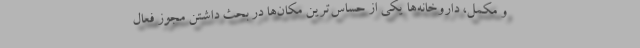
و مکمل، داروخانه‌ها یکی از حساس‌ترین مکان‌ها در بحث داشتن مجوز فعال